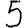
Digit: 5